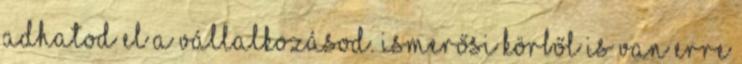
adhatod el a vállalkozásod. Ismerősi körből is van erre